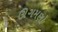
ઊગમણો